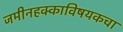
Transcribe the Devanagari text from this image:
जमीनहक्काविषयकचा